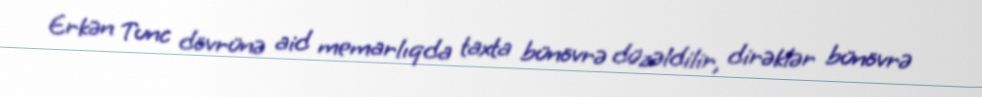
Erkən Tunc dövrünə aid memarlıqda taxta bünövrə düzəldilir, dirəklər bünövrə